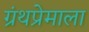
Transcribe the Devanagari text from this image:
ग्रंथप्रेमाला